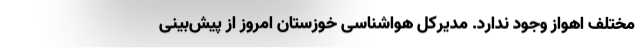
مختلف اهواز وجود ندارد. مدیرکل هواشناسی خوزستان امروز از پیش‌بینی